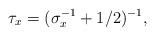
\begin{align*}\tau_x = (\sigma_x^{-1}+1/2)^{-1},\end{align*}